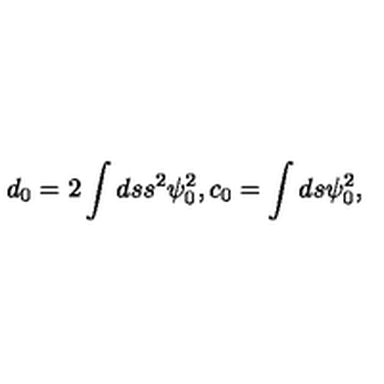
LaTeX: d _ { 0 } = 2 \int d s s ^ { 2 } \psi _ { 0 } ^ { 2 } , c _ { 0 } = \int d s \psi _ { 0 } ^ { 2 } ,